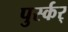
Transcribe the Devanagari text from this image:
पुर्स्कर्